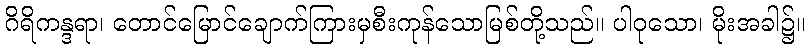
ဂိရိကန္ဒရာ၊ တောင်မြောင်ချောက်ကြားမှစီးကုန်သောမြစ်တို့သည်။ ပါဝုသော၊ မိုးအခါ၌။